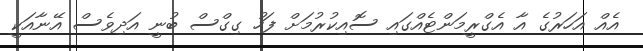
އެއް އަހަރުގެ އާ އެގްރީމަންޓެއްގައި ސޮއިކުރުމަށް ފަހު ގިގްސް ބުނީ އަދިވެސް އޭނާއަކީ